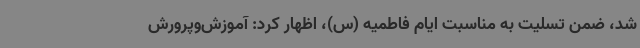
شد، ضمن تسلیت به مناسبت ایام فاطمیه (س)، اظهار کرد: آموزش‌وپرورش